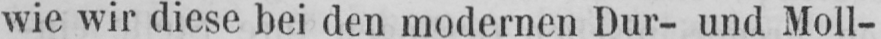
wie wir diese bei den modernen Dur- und Moll-